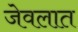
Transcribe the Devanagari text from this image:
जेवलात